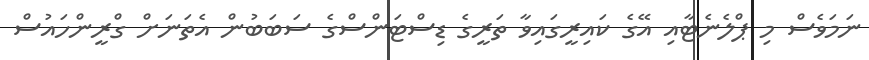
ނަމަވެސް މި ޕްލެނެޓާއި އޭގެ ކައިރީގައިވާ ތަރީގެ ޑިސްޓަންސްގެ ސަބަބުން އެތަނަށް ގްރީންހައުސް